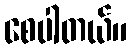
စေပါတယ်။